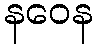
နဝေန